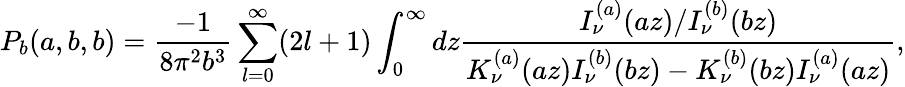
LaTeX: P_{b}(a,b,b)=\frac{-1}{8\pi^{2}b^{3}}\sum_{l=0}^{\infty}(2l+1)\int_{0}^{\infty}dz\frac{I_{\nu}^{(a)}(az)/I_{\nu}^{(b)}(bz)}{K_{\nu}^{(a)}(az)I_{\nu}^{(b)}(bz)-K_{\nu}^{(b)}(bz)I_{\nu}^{(a)}(az)},